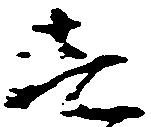
壱